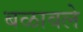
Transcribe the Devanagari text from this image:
बळावले